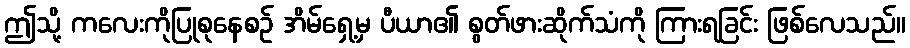
ဤသို့ ကလေးကိုပြုစုနေစဉ် အိမ်ရှေ့မှ ပီယာ၏ စွတ်ဖားဆိုက်သံကို ကြားရခြင်း ဖြစ်လေသည်။